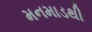
મનમાડથી